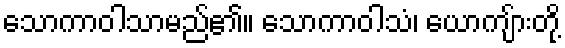
သောကာဝါသာမည်၏။ သောကာဝါသံ၊ ယောကျ်ားတို့